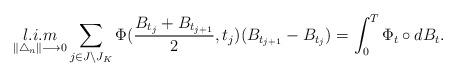
LaTeX: \begin{align*}\displaystyle \mathop{l.i.m}\limits_{\|\bigtriangleup_{n}\| \longrightarrow 0 } \sum_{ \substack{j\in J\setminus J_{K}} } \Phi(\frac{B_{t_{j}}+B_{t_{j+1}}}{2},t_{j}) (B_{t_{j+1}}-B_{t_{j}})= \int_0^T \Phi_{t}\circ d B_{t}.\end{align*}